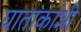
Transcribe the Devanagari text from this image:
घातांकांशी